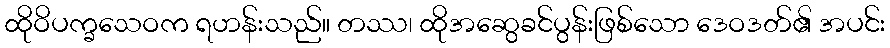
ထိုဝိပက္ခသေဝက ရဟန်းသည်။ တဿ၊ ထိုအဆွေခင်ပွန်းဖြစ်သော ဒေဝဒတ်၏ အပင်း